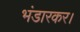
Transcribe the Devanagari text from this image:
भंडारकर।